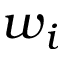
w _ { i }